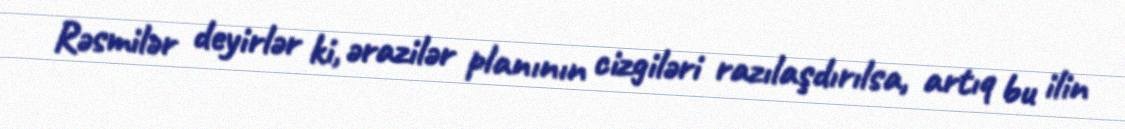
Rəsmilər deyirlər ki, ərazilər planının cizgiləri razılaşdırılsa, artıq bu ilin